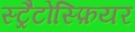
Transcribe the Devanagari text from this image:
स्ट्रैटोस्फ़ियर